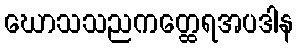
ဃောသသညကတ္ထေရအပဒါန